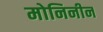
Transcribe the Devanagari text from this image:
मोनिनीन